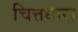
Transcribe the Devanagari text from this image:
चित्तधारा